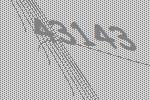
43143